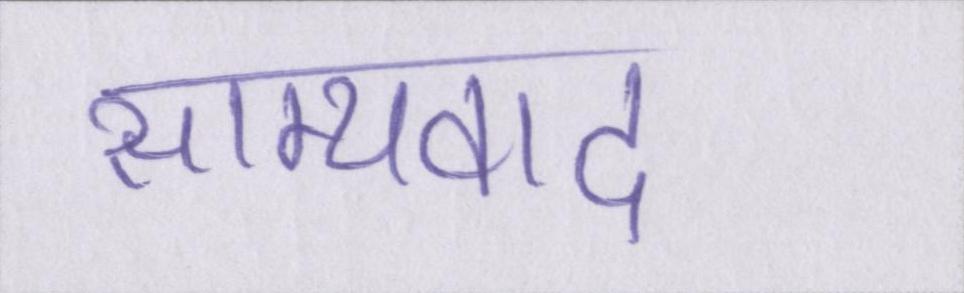
साम्यवाद